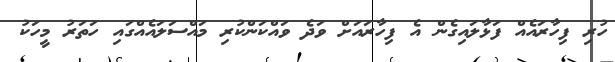
ހުރި ފިހާރައެއް ފަޅާލައިގެން އެ ފިހާރައަށް ވަދެ ވައްކަންކުރި މައްސަލައެއްގައި ހަތަރު މީހަކު